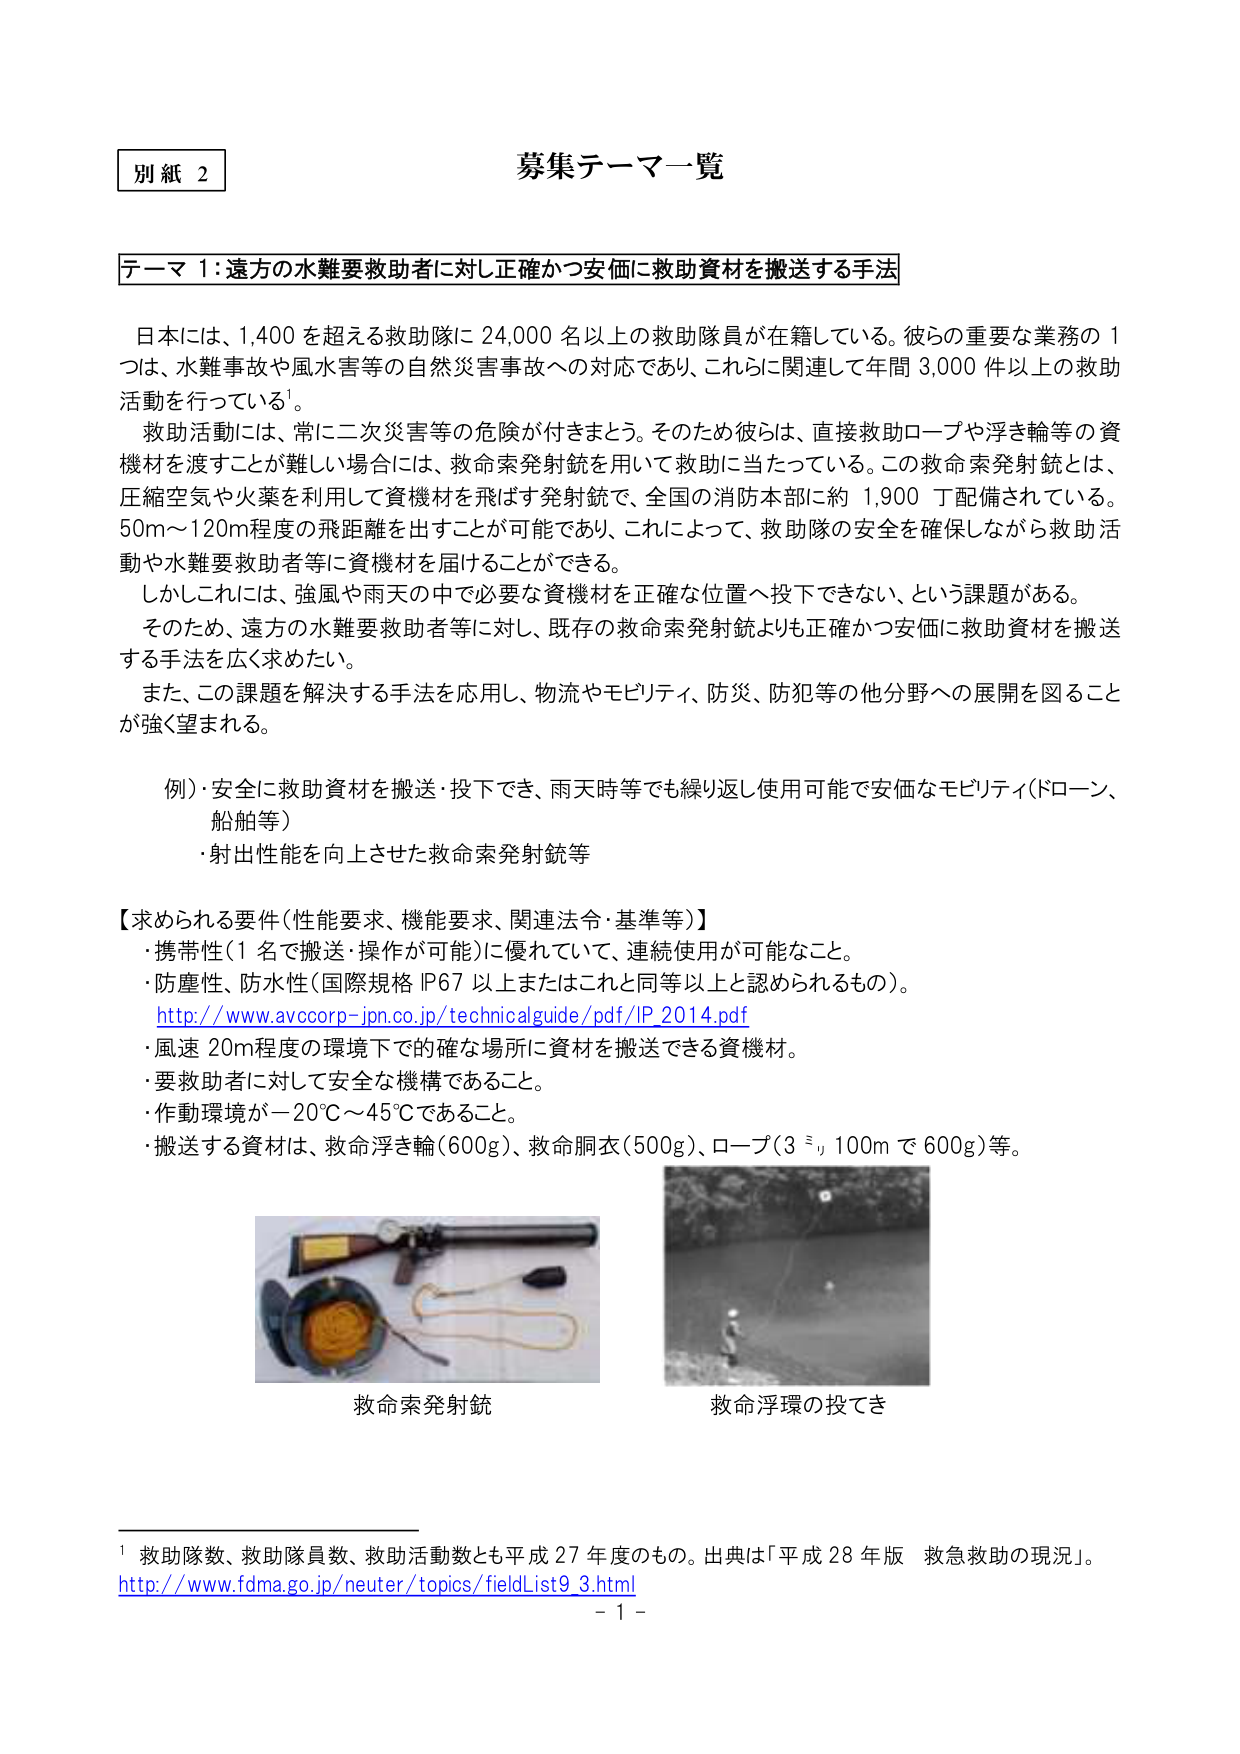
別紙 2

募集テーマ一覧

テーマ1：遠方の水難要救助者に対し正確かつ安価に救助資材を搬送する手法

日本には、1,400を超える救助隊に24,000名以上の救助隊員が在籍している。彼らの重要な業務の1つは、水難事故や風水害等の自然災害事故への対応であり、これらに関連して年間3,000件以上の救助活動を行っている¹。

救助活動には、常に二次災害等の危険が付きまとう。そのため彼らは、直接救助ロープや浮き輪等の資機材を渡すことが難しい場合には、救命索発射銃を用いて救助に当たっている。この救命索発射銃とは、圧縮空気や火薬を利用して資機材を飛ばす発射銃で、全国の消防本部に約1,900丁配備されている。50m～120m程度の飛距離を出すことが可能であり、これによって、救助隊の安全を確保しながら救助活動や水難要救助者等に資機材を届けることができる。

しかしこれには、強風や雨天の中で必要な資機材を正確な位置へ投下できない、という課題がある。

そのため、遠方の水難要救助者等に対し、既存の救命索発射銃よりも正確かつ安価に救助資材を搬送する手法を広く求めたい。

また、この課題を解決する手法を応用し、物流やモビリティ、防災、防犯等の他分野への展開を図ることが強く望まれる。

例）・安全に救助資材を搬送・投下でき、雨天時等でも繰り返し使用可能で安価なモビリティ（ドローン、船舶等）
　　・射出性能を向上させた救命索発射銃等

【求められる要件（性能要求、機能要求、関連法令・基準等）】
・携帯性（1名で搬送・操作が可能）に優れていて、連続使用が可能なこと。
・防塵性、防水性（国際規格IP67以上またはこれと同等以上と認められるもの）。
　http://www.avccorp-jpn.co.jp/technicalguide/pdf/IP_2014.pdf
・風速20m程度の環境下で的確な場所に資材を搬送できる資機材。
・要救助者に対して安全な機構であること。
・作動環境が－20℃～45℃であること。
・搬送する資材は、救命浮き輪（600g）、救命胴衣（500g）、ロープ（3号100mで600g）等。

救命索発射銃
救命浮環の投てき

¹ 救助隊数、救助隊員数、救助活動数とも平成27年度のもの。出典は「平成28年版 救急救助の現況」。
http://www.fdma.go.jp/neuter/topics/fieldList9_3.html

－1－